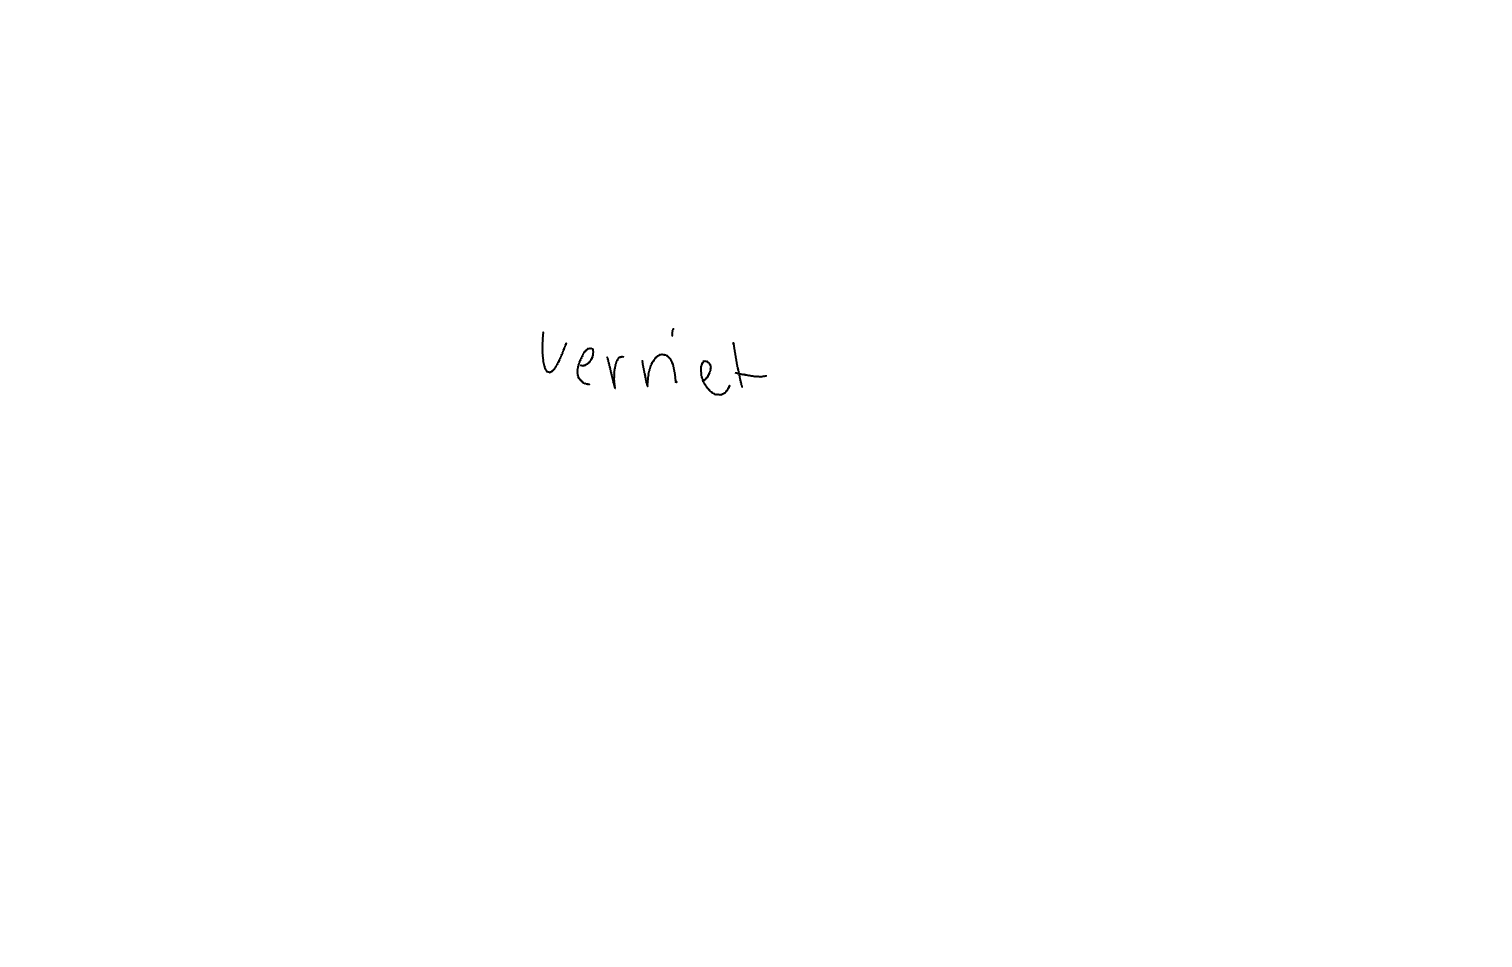
Text: verriet